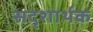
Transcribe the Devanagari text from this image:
सदृशार्थक